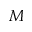
M